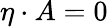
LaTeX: \eta\cdot A=0